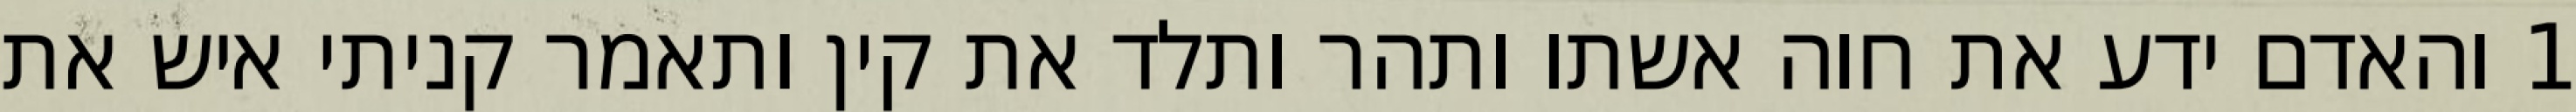
1 והאדם ידע את חוה אשתו ותהר ותלד את קין ותאמר קניתי איש את